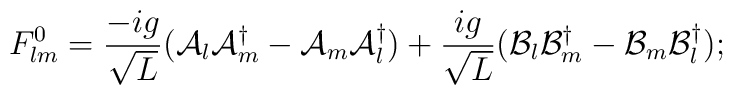
F^0_{lm} = \frac{-ig}{\sqrt{L}}({\cal A}_l{\cal A}^\dagger_m - {\cal A}_m{\cal A}^\dagger_l)+ \frac{ig}{\sqrt{L}}({\cal B}_l{\cal B}^\dagger_m - {\cal B}_m{\cal B}^\dagger_l);